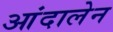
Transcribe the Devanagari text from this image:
आंदालेन